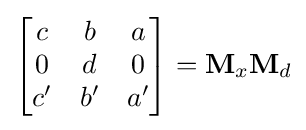
{\begin{bmatrix}c&b&a\\0&d&0\\c'&b'&a'\end{bmatrix}}=\mathbf {M} _{x}\mathbf {M} _{d}